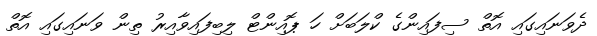
ދެވަނައިގައި އޮތް ސިފައިންގެ ކްލަބަށް ހަ ޕޮއިންޓް ލިބިފައިވާއިރު ތިން ވަނައިގައި އޮތް